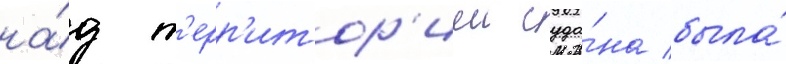
на́д т'ерр'итор'иеи суда́на была́